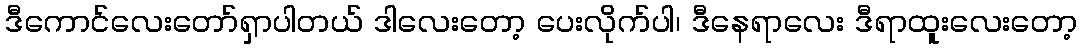
ဒီကောင်လေးတော်ရှာပါတယ် ဒါလေးတော့ ပေးလိုက်ပါ၊ ဒီနေရာလေး ဒီရာထူးလေးတော့